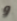
و